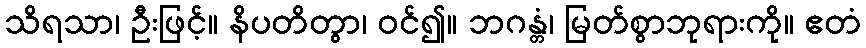
သိရသာ၊ ဦးဖြင့်။ နိပတိတွာ၊ ဝင်၍။ ဘဂန္တံ၊ မြတ်စွာဘုရားကို။ ဧတံ